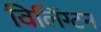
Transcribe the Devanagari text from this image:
विलिंग्‍टन